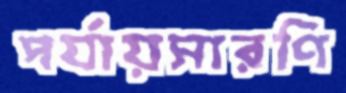
পর্যায়সারণি